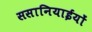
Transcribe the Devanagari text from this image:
ससानियाईयों